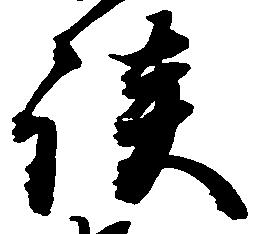
談